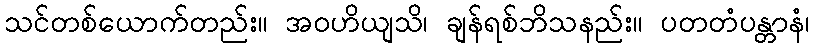
သင်တစ်ယောက်တည်း။ အဝဟိယျသိ၊ ချန်ရစ်ဘိသနည်း။ ပတတံပန္တာနံ၊